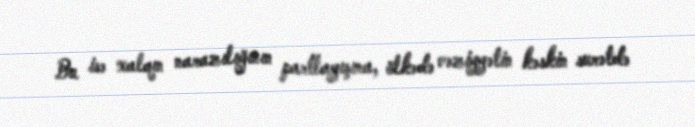
Bu isə xalqın narazılığının partlayışına, ölkədə vəziyyətin kəskin surətdə